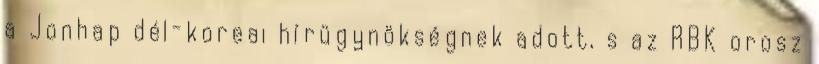
a Jonhap dél-koreai hírügynökségnek adott, s az RBK orosz